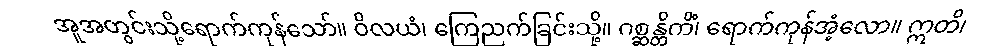
အူအတွင်းသို့ရောက်ကုန်သော်။ ဝိလယံ၊ ကြေညက်ခြင်းသို့။ ဂစ္ဆန္တိကိံ၊ ရောက်ကုန်အံ့လော။ ဣတိ၊